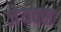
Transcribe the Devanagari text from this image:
जेयक्स